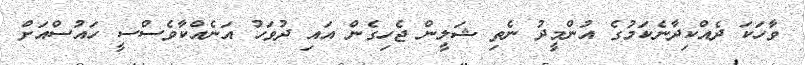
ވާހަކަ ދެއްކިދާނެކަމުގެ އުންމީދު ނެތި ޝަލީން ޖެހިގެން އައި ދުވަހު އަނެއްކާވެސްސީ ހައުސްއަށް